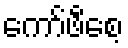
ကော်ဖီစေ့